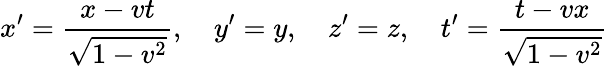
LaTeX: x^{\prime}={\frac{x-vt}{\sqrt{1-v^{2}}}},\quad y^{\prime}=y,\quad z^{\prime}=z,\quad t^{\prime}={\frac{t-vx}{\sqrt{1-v^{2}}}}